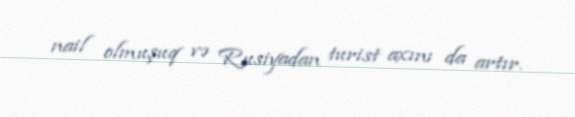
nail olmuşuq və Rusiyadan turist axını da artır.